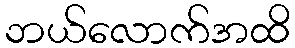
ဘယ်လောက်အထိ